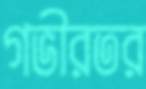
গভীরতর